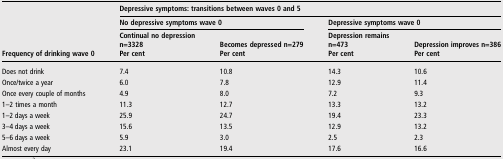
<table><thead><tr><td rowspan="3"><b>Frequency of drinking wave 0</b></td><td colspan="4"><b>Depressive symptoms: transitions between waves 0 and 5</b></td></tr><tr><td colspan="2"><b>No depressive symptoms wave 0</b></td><td colspan="2"><b>Depressive symptoms wave 0</b></td></tr><tr><td><b>Continual no depressionn=3328Per cent</b></td><td><b>Becomes depressed n=279Per cent</b></td><td><b>Depression remainsn=473Per cent</b></td><td><b>Depression improves n=386Per cent</b></td></tr></thead><tbody><tr><td>Does not drink</td><td>7.4</td><td>10.8</td><td>14.3</td><td>10.6</td></tr><tr><td>Once/twice a year</td><td>6.0</td><td>7.8</td><td>12.9</td><td>11.4</td></tr><tr><td>Once every couple of months</td><td>4.9</td><td>8.0</td><td>7.2</td><td>9.3</td></tr><tr><td>1–2 times a month</td><td>11.3</td><td>12.7</td><td>13.3</td><td>13.2</td></tr><tr><td>1–2 days a week</td><td>25.9</td><td>24.7</td><td>19.4</td><td>23.3</td></tr><tr><td>3–4 days a week</td><td>15.6</td><td>13.5</td><td>12.9</td><td>13.2</td></tr><tr><td>5–6 days a week</td><td>5.9</td><td>3.0</td><td>2.5</td><td>2.3</td></tr><tr><td>Almost every day</td><td>23.1</td><td>19.4</td><td>17.6</td><td>16.6</td></tr></tbody></table>